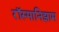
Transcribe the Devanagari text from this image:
रॉस्मानिझाम